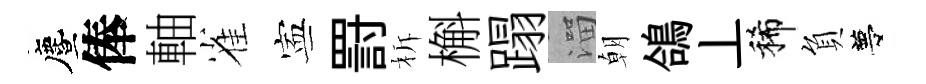
󵨌俸軸雀寕罸柝槲蹋溜朝鴿丄稀負夢